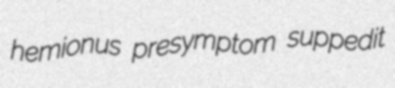
hemionus presymptom suppedit